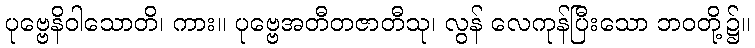
ပုဗ္ဗေနိဝါသောတိ၊ ကား။ ပုဗ္ဗေအတီတဇာတီသု၊ လွန် လေကုန်ပြီးသော ဘဝတို့၌။